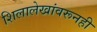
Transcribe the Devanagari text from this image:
शिलालेखांवरूनही